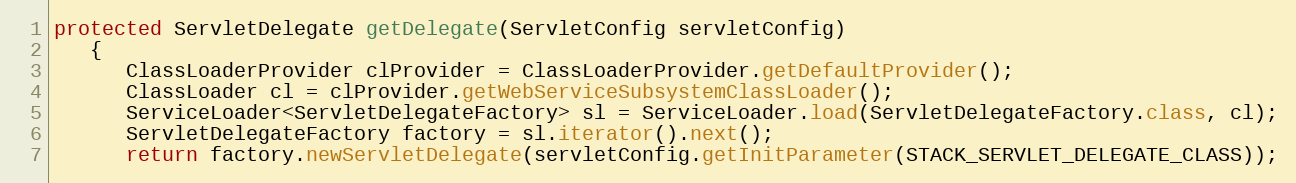
Language: Java
protected ServletDelegate getDelegate(ServletConfig servletConfig)
   {
      ClassLoaderProvider clProvider = ClassLoaderProvider.getDefaultProvider();
      ClassLoader cl = clProvider.getWebServiceSubsystemClassLoader();
      ServiceLoader<ServletDelegateFactory> sl = ServiceLoader.load(ServletDelegateFactory.class, cl);
      ServletDelegateFactory factory = sl.iterator().next();
      return factory.newServletDelegate(servletConfig.getInitParameter(STACK_SERVLET_DELEGATE_CLASS));